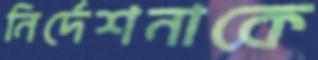
নির্দেশনাকে